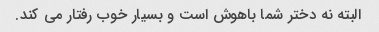
البته نه دختر شما باهوش است و بسیار خوب رفتار می کند.